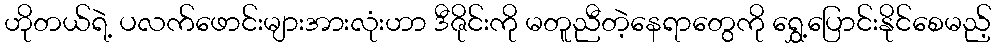
ဟိုတယ်ရဲ့ ပလက်ဖောင်းများအားလုံးဟာ ဒီဇိုင်းကို မတူညီတဲ့နေရာတွေကို ရွှေ့ပြောင်းနိုင်စေမည့်